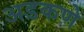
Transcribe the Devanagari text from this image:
अडकणे